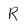
Character: R